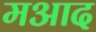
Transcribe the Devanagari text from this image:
मआद